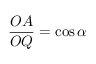
{ \frac { O A } { O Q } } = \cos \alpha